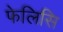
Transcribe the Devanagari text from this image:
फेलिसि